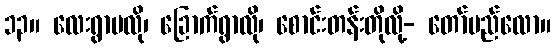
၁၃။ လေးရွာမလို၊ ခြောက်ရွာလို၊ စောင်းတန်းတိုလို့- တော်မည်လော။